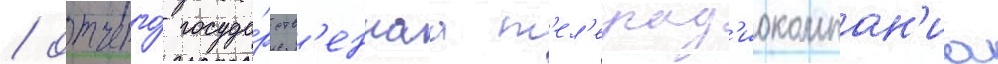
/ отчего́ госуда́рств'еннаа т'ел'ерад'иокомпан'иа